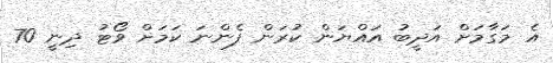
އެ މަގާމަށް އަދީބު އައްޔަން ކުރަން ފެންނަ ކަމަށް ވޯޓު ދިނީ 70